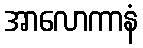
အာလောကာနံ